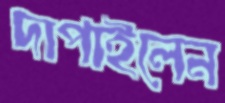
দাপাইলেন